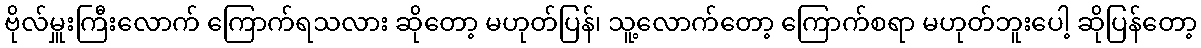
ဗိုလ်မှူးကြီးလောက် ကြောက်ရသလား ဆိုတော့ မဟုတ်ပြန်၊ သူ့လောက်တော့ ကြောက်စရာ မဟုတ်ဘူးပေါ့ ဆိုပြန်တော့